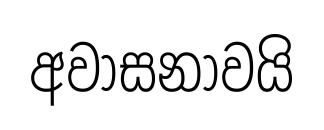
අවාසනාවයි